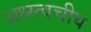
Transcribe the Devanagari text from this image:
अध्स्त्वचीय